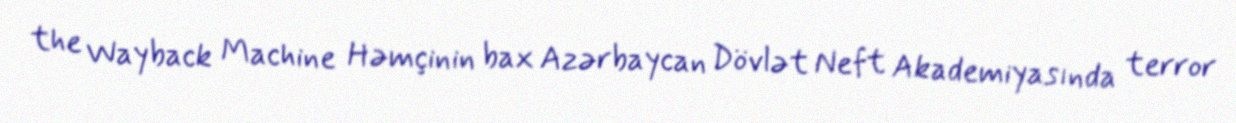
the Wayback Machine Həmçinin bax Azərbaycan Dövlət Neft Akademiyasında terror